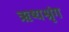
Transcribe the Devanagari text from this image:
ऋष्यश्रृंग